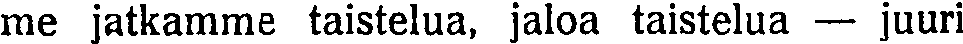
me jatkamme taistelua, jaloa taistelua — juuri